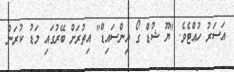
އަސަރު ހުއްޓެވެ. "ޔޫ ޝުޑް ގޯ އިންސައިޑް" އިތުރަށް ބޭރުގައި މަޑު ކުރަން